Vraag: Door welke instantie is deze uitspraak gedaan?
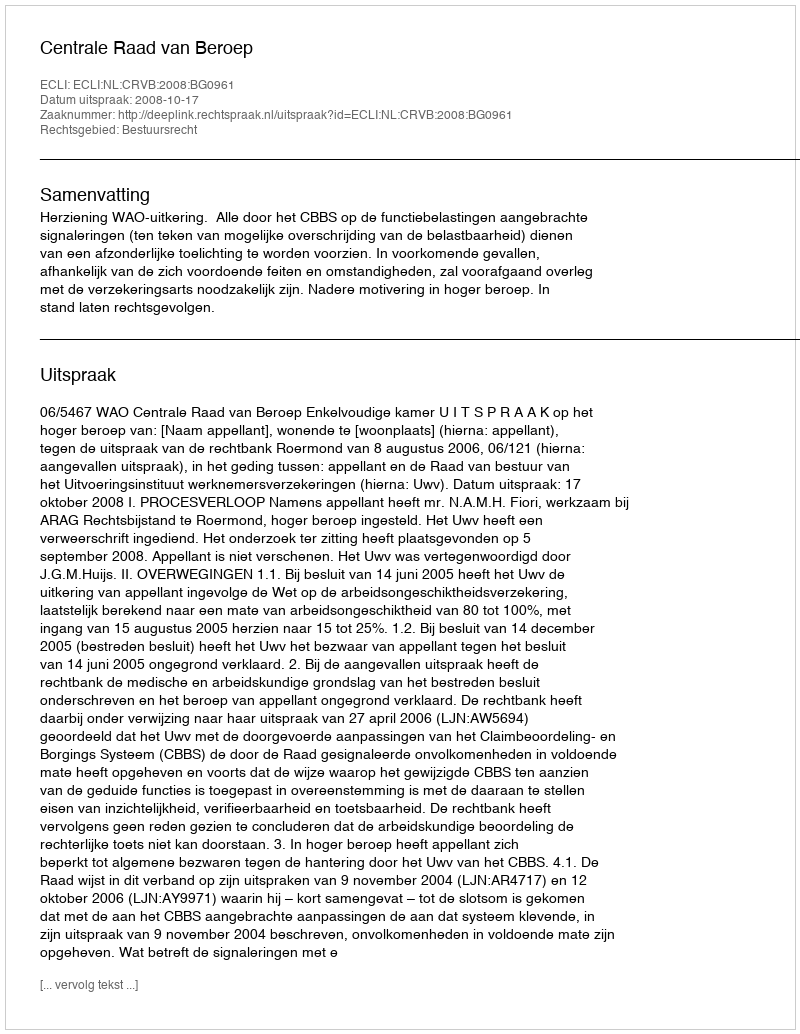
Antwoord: Centrale Raad van Beroep